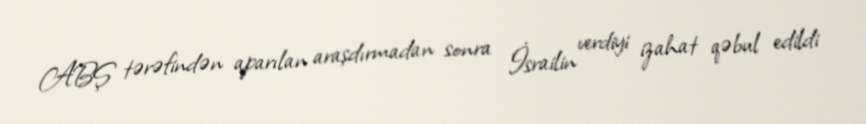
ABŞ tərəfindən aparılan araşdırmadan sonra İsrailin verdiyi izahat qəbul edildi